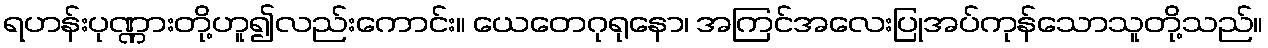
ရဟန်းပုဏ္ဏားတို့ဟူ၍လည်းကောင်း။ ယေတေဂုရုနော၊ အကြင်အလေးပြုအပ်ကုန်သောသူတို့သည်။